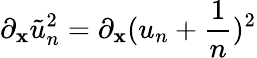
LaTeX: \partial_{\mathbf{x}}\tilde{{u}}_{n}^{2}=\partial_{\mathbf{x}}(u_{n}+\frac{{1}}{{n}})^{2}